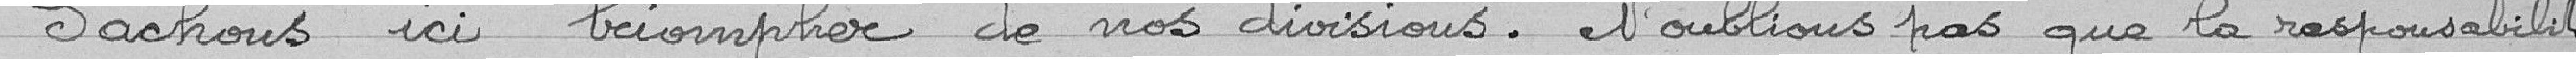
" Sachons ici triompher de nos divisions. N'oublions pas que la responsabilité